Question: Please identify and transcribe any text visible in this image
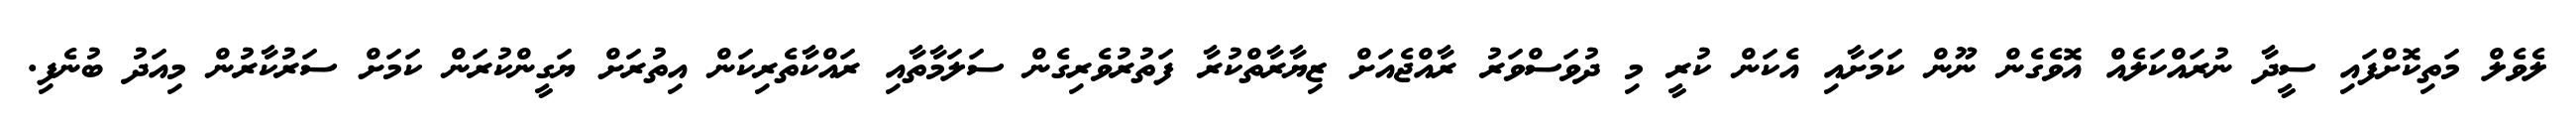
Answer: ލެވެލް މަތިކޮށްފައި ސީދާ ނުރައްކަލެއް އޮވެގެން ނޫން ކަމަށާއި އެކަން ކުރީ މި ދުވަސްވަރު ރާއްޖެއަށް ޒިޔާރާތްކުރާ ފަތުރުވެރިގެން ސަލަމާތާއި ރައްކާތެރިކަން އިތުރަށް ޔަގީންކުރަން ކަމަށް ސަރުކާރުން މިއަދު ބުނެފި.